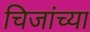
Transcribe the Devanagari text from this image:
चिजांच्या